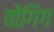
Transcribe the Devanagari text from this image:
वोंगिंग